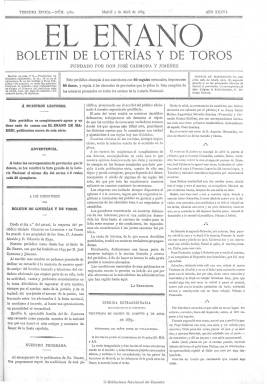
Título: El Enano (Madrid. 1885)
Colección: Toros
Ámbito geográfico: Madrid
Lugar de publicación: Madrid
Fechas: 07/04/1885-23/10/1910

Es continuación de Boletín de loterías y de toros (1858-1885), título este que pasa como subtítulo de la nueva publicación, que retoma el nombre de la cabecera original que mantuvo desde 1851 a 1858. Continua la numeración de los títulos anteriores y en su secuencia aparece el año 36 y 3ª época, empezando su cuarta época en 1904 a la vez que reiniciará su numeración.

El cambio de la cabecera debió deberse a la aparición de una nueva publicación con el título El enano de Madrid (1885-1887), completamente ajena a la que fundó el abogado José Carmona y Jiménez, a la vez que cambia la propiedad del periódico a Antonio Alcaide y Eduardo Raya.

Será un periódico también de periodicidad semanal y cuatro páginas, aunque en ocasiones su periodicidad variará y llegue a editar números extraordinarios, dedicado a la tauromaquia y a los sorteos de la lotería nacional, aunque esta última información terminará desapareciendo de sus páginas, dedicándose exclusivamente a la información y a las crónicas de la ‘fiesta nacional’ tanto de provincias como de Hispanoamérica.

Muy pronto también será una publicación ilustrada con numerosos grabados de lidiadores y otros acontecimientos taurinos. Asimismo dedicará atención a los espectáculos, sobre todo teatrales y del circo gallístico madrileño, y seguirá dando cabida a una sección literaria y amena, con composiciones poéticas, charadas, así como a los anuncios comerciales y los folletines. Irán apareciendo las firmas de sus corresponsales, generalmente seudónimos, tanto en las crónicas como en sus noticias telegráficas.

Otro de sus propietarios y directores será Eduardo Iglesias y Férriz (-1898). También lo dirigirán Ángel R. Chaves y Leopoldo Vázquez Rodríguez. De 1895 a 1900 contó con un Suplemento a El enano. La publicación debió de desaparecer en 1912.